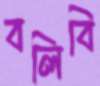
বলিবি